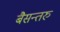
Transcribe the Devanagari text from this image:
बैसन्तरु